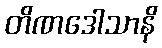
တိဏဒေါသာနိ